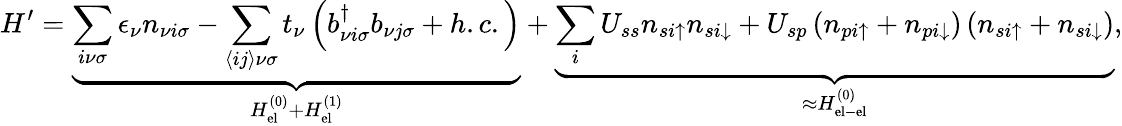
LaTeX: H^{\prime}=\underbrace{\sum_{i\nu\sigma}\epsilon_{\nu}n_{\nu i\sigma}-\sum_{\langle ij\rangle\nu\sigma}t_{\nu}\left(b_{\nu i\sigma}^{\dagger}b_{\nu j\sigma}+h.c.\right)}_{H_{\mathrm{el}}^{(0)}+H_{\mathrm{el}}^{(1)}}+\underbrace{\sum_{i}U_{ss}n_{si\uparrow}n_{si\downarrow}+U_{sp}\left(n_{pi\uparrow}+n_{pi\downarrow}\right)\left(n_{si\uparrow}+n_{si\downarrow}\right)}_{\approx H_{\mathrm{el-el}}^{(0)}},